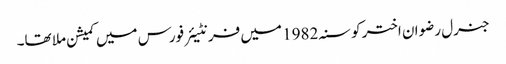
جنرل رضوان اختر کو سنہ 1982 میں فرنٹیئر فورس میں کمیشن ملا تھا۔